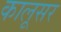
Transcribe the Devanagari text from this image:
कालूसर